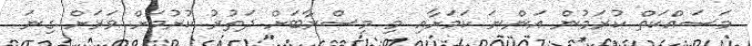
މަސައްކަތް ކުރަމުން އަންނަ ކަމަށާއި މި މިސްރާބަށް ދަތުރު ކުރުމަށް ވަަރަށް ގިނަ